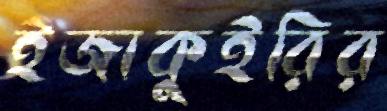
ইজাকুইরির